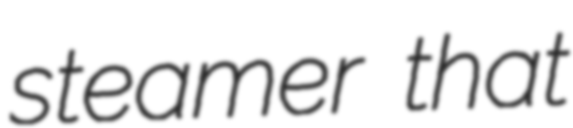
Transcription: steamer that